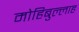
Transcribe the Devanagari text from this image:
मोहिबुल्लाह